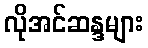
လိုအင်ဆန္ဒများ